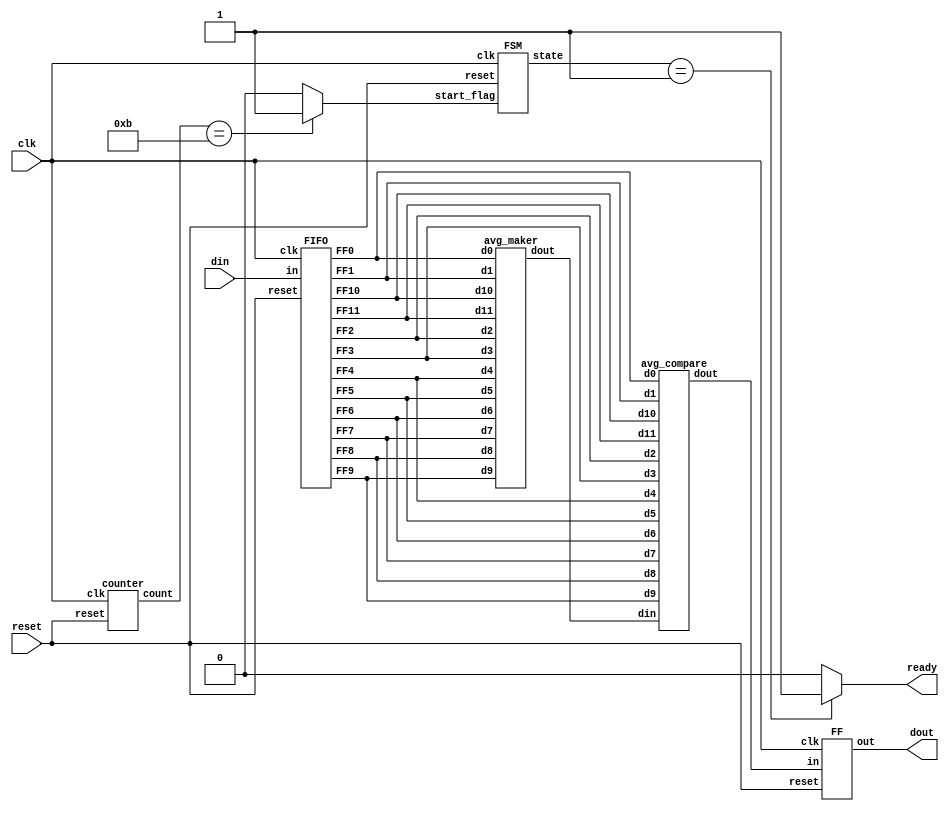
`timescale 1ns/10ps
module avg(din, reset, clk, ready, dout);
input reset, clk;
input [15:0] din;
output ready;
output [15:0] dout;
wire [15:0] FF0,FF1,FF2,FF3,FF4,FF5,FF6,FF7,FF8,FF9,FF10,FF11,davg,din,dout,next_dout;
wire [1:0] state;
wire [3:0] count;
wire reset,clk,start_flag;
parameter S0=2'b00,S1=2'b01;
// ==========================================
//  Enter your design below
// ==========================================

FSM FSM1(reset,clk,start_flag,state);
counter counter1(reset,clk,count);
FIFO FIFO1(din,reset,clk,FF0,FF1,FF2,FF3,FF4,FF5,FF6,FF7,FF8,FF9,FF10,FF11);
avg_maker avg_maker1(FF0,FF1,FF2,FF3,FF4,FF5,FF6,FF7,FF8,FF9,FF10,FF11,davg);
avg_compare avg_compare1(davg,FF0,FF1,FF2,FF3,FF4,FF5,FF6,FF7,FF8,FF9,FF10,FF11,next_dout);
FF FF_out(next_dout,reset,clk,dout);
assign start_flag = (count==4'd11)?1'b1:1'b0;
assign ready = (state==S1)?1'b1:1'b0;

endmodule
////////////////////////////////////////////
module FF(in,reset,clk,out);
input reset,clk;
input [15:0] in;
output [15:0] out;
reg [15:0] out;
always @(posedge clk or posedge reset) begin
		if (reset) begin
			out<=4'd0;
		end
		else begin
			out<=in;
		end
	end
endmodule
////////////////////////////////////////////
module counter(reset,clk,count);
input reset,clk;
output [3:0] count;
reg [3:0] count;
	always @(posedge clk or posedge reset) begin
		if (reset) begin
			count<=4'd0;
		end
		else begin
			count<=count+4'd1;
		end
	end
endmodule
////////////////////////////////////////////
module FSM(reset,clk,start_flag,state);
input reset,clk,start_flag;
output [1:0] state;
reg [1:0] state,next_state;
parameter S0=2'b00,S1=2'b01;

always @(posedge clk) begin
	if (reset) begin
		state<=S0;
	end
	else begin
		state<=next_state;
	end
end

always @(*) begin
	case (state)
		S0:if (start_flag) begin
				next_state<=S1;
			end
			else begin
				next_state<=S0;
			end
		S1:next_state<=S1;
		default:next_state<=S0;
	endcase
end

endmodule
//////////////////////////////////////////
module FIFO (in,reset,clk,FF0,FF1,FF2,FF3,FF4,FF5,FF6,FF7,FF8,FF9,FF10,FF11);
input [15:0] in;
input reset,clk;
output [15:0] FF0,FF1,FF2,FF3,FF4,FF5,FF6,FF7,FF8,FF9,FF10,FF11;
reg [15:0] FF0,FF1,FF2,FF3,FF4,FF5,FF6,FF7,FF8,FF9,FF10,FF11;
always @ (posedge clk or posedge reset) begin
	if (reset) begin
		FF0<=16'b0000000000000000;
		FF1<=16'b0000000000000000;
		FF2<=16'b0000000000000000;
		FF3<=16'b0000000000000000;
		FF4<=16'b0000000000000000;
		FF5<=16'b0000000000000000;
		FF6<=16'b0000000000000000;
		FF7<=16'b0000000000000000;
		FF8<=16'b0000000000000000;
		FF9<=16'b0000000000000000;
		FF10<=16'b0000000000000000;
		FF11<=16'b0000000000000000;
	end
	else begin
		FF0<=in;
		FF1<=FF0;
		FF2<=FF1;
		FF3<=FF2;
		FF4<=FF3;
		FF5<=FF4;
		FF6<=FF5;
		FF7<=FF6;
		FF8<=FF7;
		FF9<=FF8;
		FF10<=FF9;
		FF11<=FF10;
	end
end //end always
endmodule 
////////////////////////////////////////////////////////
module avg_maker(d0,d1,d2,d3,d4,d5,d6,d7,d8,d9,d10,d11,dout);
input [15:0] d0,d1,d2,d3,d4,d5,d6,d7,d8,d9,d10,d11;
output [15:0] dout;
wire [15:0] dout;
wire [20:0] dout_1;
assign dout_1 = ((d0+d1+d2+d3+d4+d5+d6+d7+d8+d9+d10+d11)>>2)/3;
assign dout = {dout_1[15:0]};
endmodule
/////////////////////////////////////////////////////////
module avg_compare(din,d0,d1,d2,d3,d4,d5,d6,d7,d8,d9,d10,d11,dout);
input [15:0] din,d0,d1,d2,d3,d4,d5,d6,d7,d8,d9,d10,d11;
output [15:0] dout;
wire [15:0] d0_diff,d1_diff,d2_diff,d3_diff,d4_diff,d5_diff,d6_diff,d7_diff,d8_diff,d9_diff,d10_diff,d11_diff;
wire [15:0] d0_diff_abs,d1_diff_abs,d2_diff_abs,d3_diff_abs,d4_diff_abs,d5_diff_abs,d6_diff_abs,d7_diff_abs,d8_diff_abs,d9_diff_abs,d10_diff_abs,d11_diff_abs;
wire [15:0] compare_mux1,compare_mux2,compare_mux3,compare_mux4,compare_mux5,compare_mux6,compare_mux7,compare_mux8,compare_mux9,compare_mux10,dout;
wire [15:0] compare_mux1_in,compare_mux2_in,compare_mux3_in,compare_mux4_in,compare_mux5_in,compare_mux6_in,compare_mux7_in,compare_mux8_in,compare_mux9_in,compare_mux10_in;
wire [15:0] compare_mux1_in_diff,compare_mux2_in_diff,compare_mux3_in_diff,compare_mux4_in_diff,compare_mux5_in_diff,compare_mux6_in_diff,compare_mux7_in_diff,compare_mux8_in_diff,
compare_mux9_in_diff,compare_mux10_in_diff;
wire compare_mux1_sel,compare_mux2_sel,compare_mux3_sel,compare_mux4_sel,compare_mux5_sel,compare_mux6_sel,compare_mux7_sel,compare_mux8_sel,compare_mux9_sel,compare_mux10_sel,compare_mux11_sel;
assign d0_diff = din - d0 ;
assign d1_diff = din - d1 ;
assign d2_diff = din - d2 ;
assign d3_diff = din - d3 ;
assign d4_diff = din - d4 ;
assign d5_diff = din - d5 ;
assign d6_diff = din - d6 ;
assign d7_diff = din - d7 ;
assign d8_diff = din - d8 ;
assign d9_diff = din - d9 ;
assign d10_diff = din - d10 ;
assign d11_diff = din - d11 ;
assign d0_diff_abs = (d0_diff[15])?~d0_diff+16'd1:d0_diff;
assign d1_diff_abs = (d1_diff[15])?~d1_diff+16'd1:d1_diff;
assign d2_diff_abs = (d2_diff[15])?~d2_diff+16'd1:d2_diff;
assign d3_diff_abs = (d3_diff[15])?~d3_diff+16'd1:d3_diff;
assign d4_diff_abs = (d4_diff[15])?~d4_diff+16'd1:d4_diff;
assign d5_diff_abs = (d5_diff[15])?~d5_diff+16'd1:d5_diff;
assign d6_diff_abs = (d6_diff[15])?~d6_diff+16'd1:d6_diff;
assign d7_diff_abs = (d7_diff[15])?~d7_diff+16'd1:d7_diff;
assign d8_diff_abs = (d8_diff[15])?~d8_diff+16'd1:d8_diff;
assign d9_diff_abs = (d9_diff[15])?~d9_diff+16'd1:d9_diff;
assign d10_diff_abs = (d10_diff[15])?~d10_diff+16'd1:d10_diff;
assign d11_diff_abs = (d11_diff[15])?~d11_diff+16'd1:d11_diff;

assign compare_mux1_sel = (d0_diff_abs==d1_diff_abs)?((d0_diff[15])?1'd1:1'd0):((d0_diff_abs>d1_diff_abs)?1'd1:1'd0);
assign compare_mux2_sel = (d2_diff_abs==d3_diff_abs)?((d2_diff[15])?1'd1:1'd0):((d2_diff_abs>d3_diff_abs)?1'd1:1'd0);
assign compare_mux3_sel = (d4_diff_abs==d5_diff_abs)?((d4_diff[15])?1'd1:1'd0):((d4_diff_abs>d5_diff_abs)?1'd1:1'd0);
assign compare_mux4_sel = (d6_diff_abs==d7_diff_abs)?((d6_diff[15])?1'd1:1'd0):((d6_diff_abs>d7_diff_abs)?1'd1:1'd0);
assign compare_mux5_sel = (d8_diff_abs==d9_diff_abs)?((d8_diff[15])?1'd1:1'd0):((d8_diff_abs>d9_diff_abs)?1'd1:1'd0);
assign compare_mux6_sel = (d10_diff_abs==d11_diff_abs)?((d10_diff[15])?1'd1:1'd0):((d10_diff_abs>d11_diff_abs)?1'd1:1'd0);

assign compare_mux1 = (compare_mux1_sel)?d1:d0;
assign compare_mux2 = (compare_mux2_sel)?d3:d2;
assign compare_mux3 = (compare_mux3_sel)?d5:d4;
assign compare_mux4 = (compare_mux4_sel)?d7:d6;
assign compare_mux5 = (compare_mux5_sel)?d9:d8;
assign compare_mux6 = (compare_mux6_sel)?d11:d10;

assign compare_mux1_in = (compare_mux1_sel)?d1_diff_abs:d0_diff_abs;
assign compare_mux2_in = (compare_mux2_sel)?d3_diff_abs:d2_diff_abs;
assign compare_mux3_in = (compare_mux3_sel)?d5_diff_abs:d4_diff_abs;
assign compare_mux4_in = (compare_mux4_sel)?d7_diff_abs:d6_diff_abs;
assign compare_mux5_in = (compare_mux5_sel)?d9_diff_abs:d8_diff_abs;
assign compare_mux6_in = (compare_mux6_sel)?d11_diff_abs:d10_diff_abs;

assign compare_mux1_in_diff = (compare_mux1_sel)?d1_diff:d0_diff;
assign compare_mux2_in_diff = (compare_mux2_sel)?d3_diff:d2_diff;
assign compare_mux3_in_diff = (compare_mux3_sel)?d5_diff:d4_diff;
assign compare_mux4_in_diff = (compare_mux4_sel)?d7_diff:d6_diff;
assign compare_mux5_in_diff = (compare_mux5_sel)?d9_diff:d8_diff;
assign compare_mux6_in_diff = (compare_mux6_sel)?d11_diff:d10_diff;
//////////////////////////////////////////////////////////////////////////////
assign compare_mux7_sel = (compare_mux1_in==compare_mux2_in)?((compare_mux1_in_diff[15])?1'd1:1'd0):((compare_mux1_in>compare_mux2_in)?1'd1:1'd0);
assign compare_mux8_sel = (compare_mux3_in==compare_mux4_in)?((compare_mux3_in_diff[15])?1'd1:1'd0):((compare_mux3_in>compare_mux4_in)?1'd1:1'd0);
assign compare_mux9_sel = (compare_mux5_in==compare_mux6_in)?((compare_mux5_in_diff[15])?1'd1:1'd0):((compare_mux5_in>compare_mux6_in)?1'd1:1'd0);

assign compare_mux7 = (compare_mux7_sel)?compare_mux2:compare_mux1;
assign compare_mux8 = (compare_mux8_sel)?compare_mux4:compare_mux3;
assign compare_mux9 = (compare_mux9_sel)?compare_mux6:compare_mux5;

assign compare_mux7_in = (compare_mux7_sel)?compare_mux2_in:compare_mux1_in;
assign compare_mux8_in = (compare_mux8_sel)?compare_mux4_in:compare_mux3_in;
assign compare_mux9_in = (compare_mux9_sel)?compare_mux6_in:compare_mux5_in;

assign compare_mux7_in_diff = (compare_mux7_sel)?compare_mux2_in_diff:compare_mux1_in_diff;
assign compare_mux8_in_diff = (compare_mux8_sel)?compare_mux4_in_diff:compare_mux3_in_diff;
assign compare_mux9_in_diff = (compare_mux9_sel)?compare_mux6_in_diff:compare_mux5_in_diff;
///////////////////////////////////////////////////////////////////////////////
assign compare_mux10_sel = (compare_mux7_in==compare_mux8_in)?((compare_mux7_in_diff[15])?1'd1:1'd0):((compare_mux7_in>compare_mux8_in)?1'd1:1'd0);

assign compare_mux10 = (compare_mux10_sel)?compare_mux8:compare_mux7;

assign compare_mux10_in = (compare_mux10_sel)?compare_mux8_in:compare_mux7_in;

assign compare_mux10_in_diff = (compare_mux10_sel)?compare_mux8_in_diff:compare_mux7_in_diff;
//////////////////////////////////////////////////////////////////////////////////
assign compare_mux11_sel = (compare_mux9_in==compare_mux10_in)?((compare_mux9_in_diff[15])?1'd1:1'd0):((compare_mux9_in>compare_mux10_in)?1'd1:1'd0);

assign dout = (compare_mux11_sel)?compare_mux10:compare_mux9;
endmodule